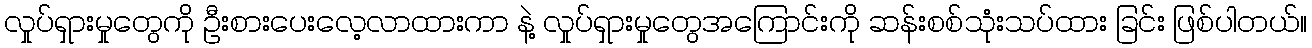
လှုပ်ရှားမှုတွေကို ဦးစားပေးလေ့လာထားကာ နဲ့ လှုပ်ရှားမှုတွေအကြောင်းကို ဆန်းစစ်သုံးသပ်ထား ခြင်း ဖြစ်ပါတယ်။